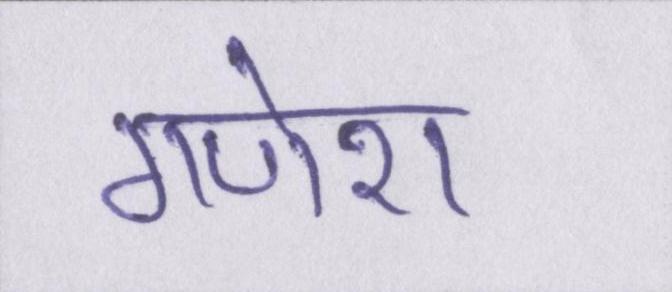
गणेश